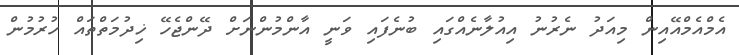
އެމްއެމްއޭއިން މިއަދު ނެރުނު އިއުލާނެއްގައި ބުނެފައި ވަނީ އާންމުންނަށް ދޭންޖެހޭ ޚިދުމަތްތައް ހުރުމުން